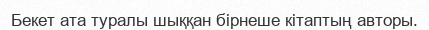
Бекет ата туралы шыққан бірнеше кітаптың авторы.